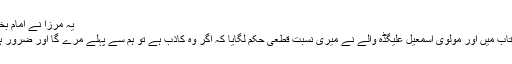
یہ مرزا نے امام بخاری رحمۃ اللہ علیہ پر جھوٹ بولا ہے)
مولوی غلام دستگیر قصوری نے اپنی کتاب میں اور مولوی اسمٰعیل علیگڈہ والے نے میری نسبت قطعی حکم لگایا کہ اگر وہ کاذب ہے تو ہم سے پہلے مرے گا اور ضرور ہم سے پہلے مرے گا کیونکہ کاذب ہے۔